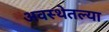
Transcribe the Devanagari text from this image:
अवस्थेतल्या